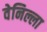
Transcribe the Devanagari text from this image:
वेनिल्ला